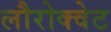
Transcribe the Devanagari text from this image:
लौरोक्वेट